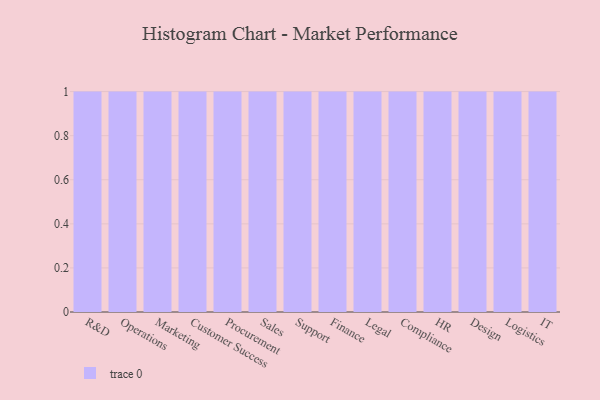
{"axis": {"x": "Department", "y": "Website Visitors"}, "legend": [""], "data": [{"x": "R&D", "y": 57, "type": ""}, {"x": "Operations", "y": 81, "type": ""}, {"x": "Marketing", "y": 40, "type": ""}, {"x": "Customer Success", "y": 38, "type": ""}, {"x": "Procurement", "y": 89, "type": ""}, {"x": "Sales", "y": 74, "type": ""}, {"x": "Support", "y": 81, "type": ""}, {"x": "Finance", "y": 64, "type": ""}, {"x": "Legal", "y": 85, "type": ""}, {"x": "Compliance", "y": 88, "type": ""}, {"x": "HR", "y": 31, "type": ""}, {"x": "Design", "y": 70, "type": ""}, {"x": "Logistics", "y": 100, "type": ""}, {"x": "IT", "y": 64, "type": ""}]}